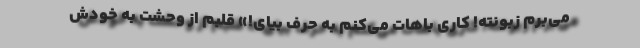
می‌برّم زبونته! کاری باهات می‌کنم به حرف بیای!» قلبم از وحشت به خودش